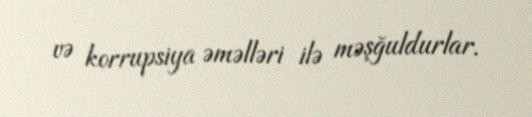
və korrupsiya əməlləri ilə məşğuldurlar.